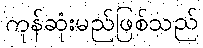
ကုန်ဆုံးမည်ဖြစ်သည်